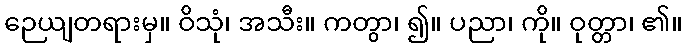
ဉေယျတရားမှ။ ဝိသုံ၊ အသီး။ ကတွာ၊ ၍။ ပညာ၊ ကို။ ဝုတ္တာ၊ ၏။